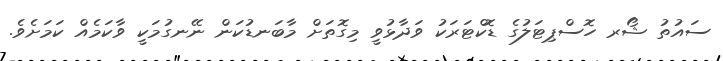
ސައުތު ޝޯރ ހޮސްޕިޓަލުގެ ޑޮކްޓަރަކު ވަދާޅުވީ މިގޮތަށް މާބަނޑުކަން ނޭނގުމަކީ ވާކަމެއް ކަމަށެވެ.